Ministerio: exteriores — Archivo: AGMAE-R39017
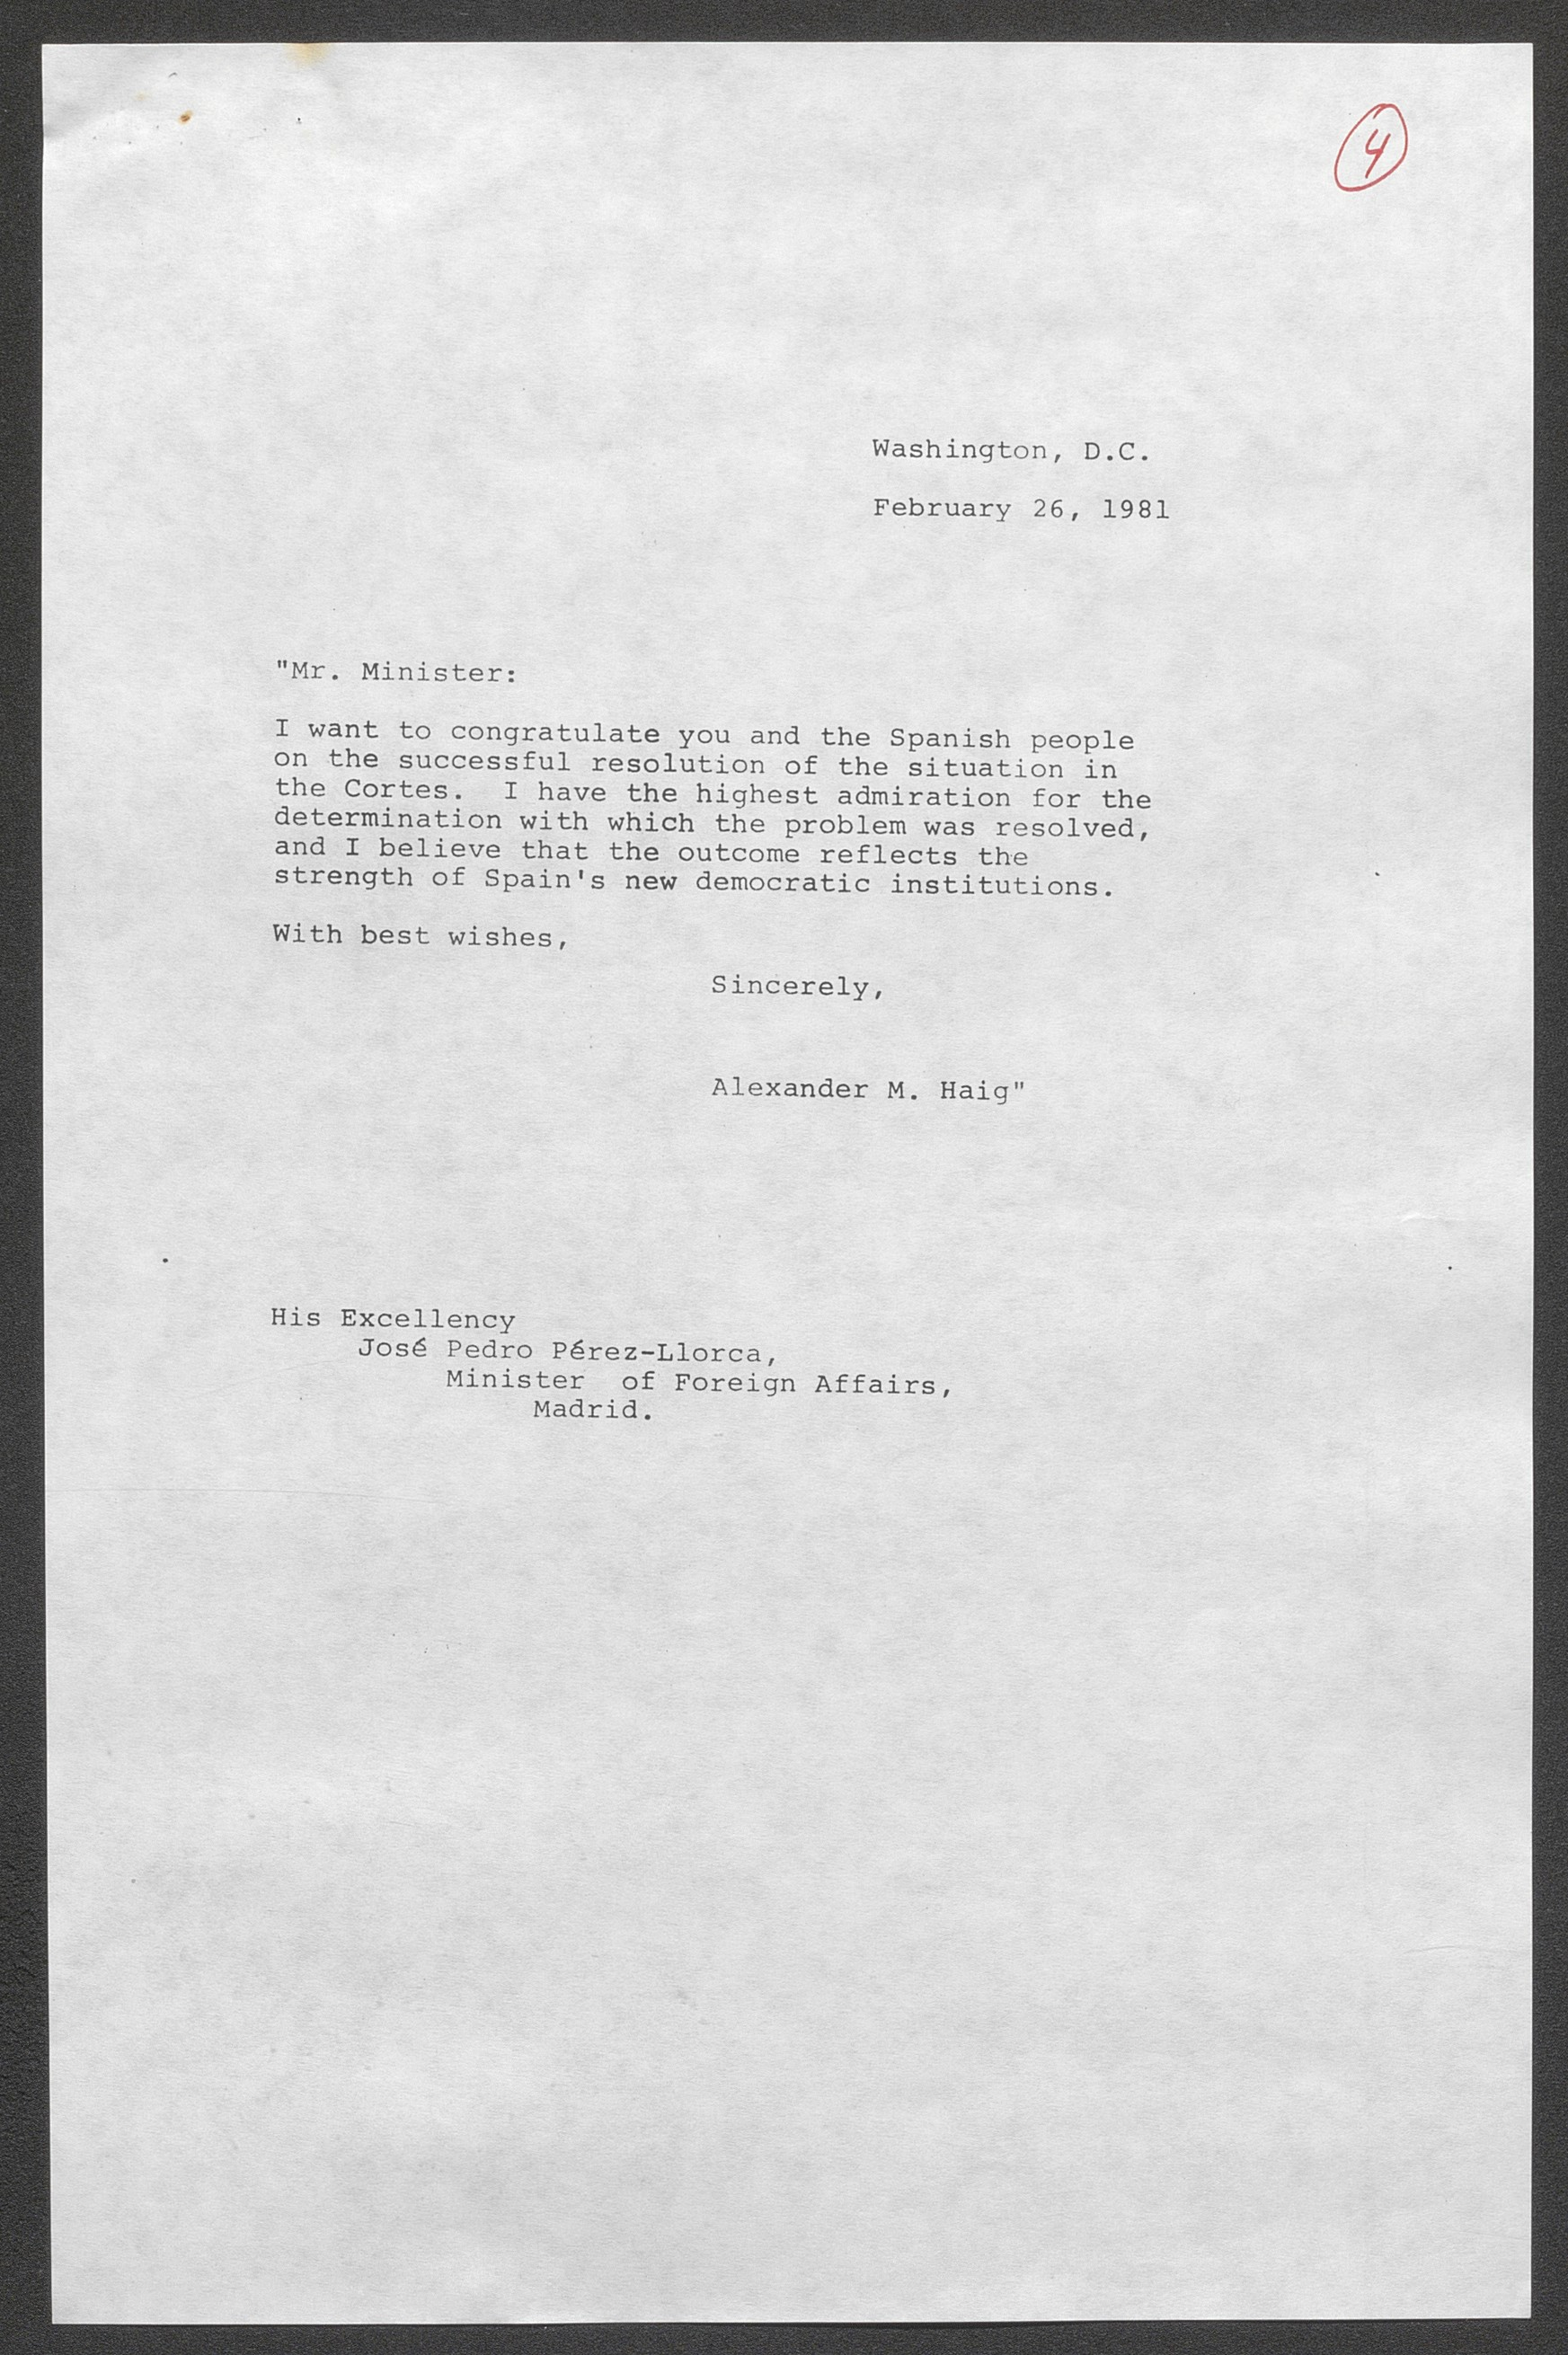
Washington, D.C.

February 26, 1981

"Mr. Minister:

I want to congratulate you and the Spanish people on the successful resolution of the situation in the Cortes. I have the highest admiration for the determination with which the problem was resolved, and I believe that the outcome reflects the strength of Spain.